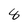
Character: 8